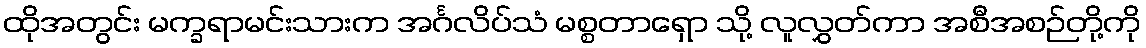
ထိုအတွင်း မက္ခရာမင်းသားက အင်္ဂလိပ်သံ မစ္စတာရှော သို့ လူလွှတ်ကာ အစီအစဉ်တို့ကို